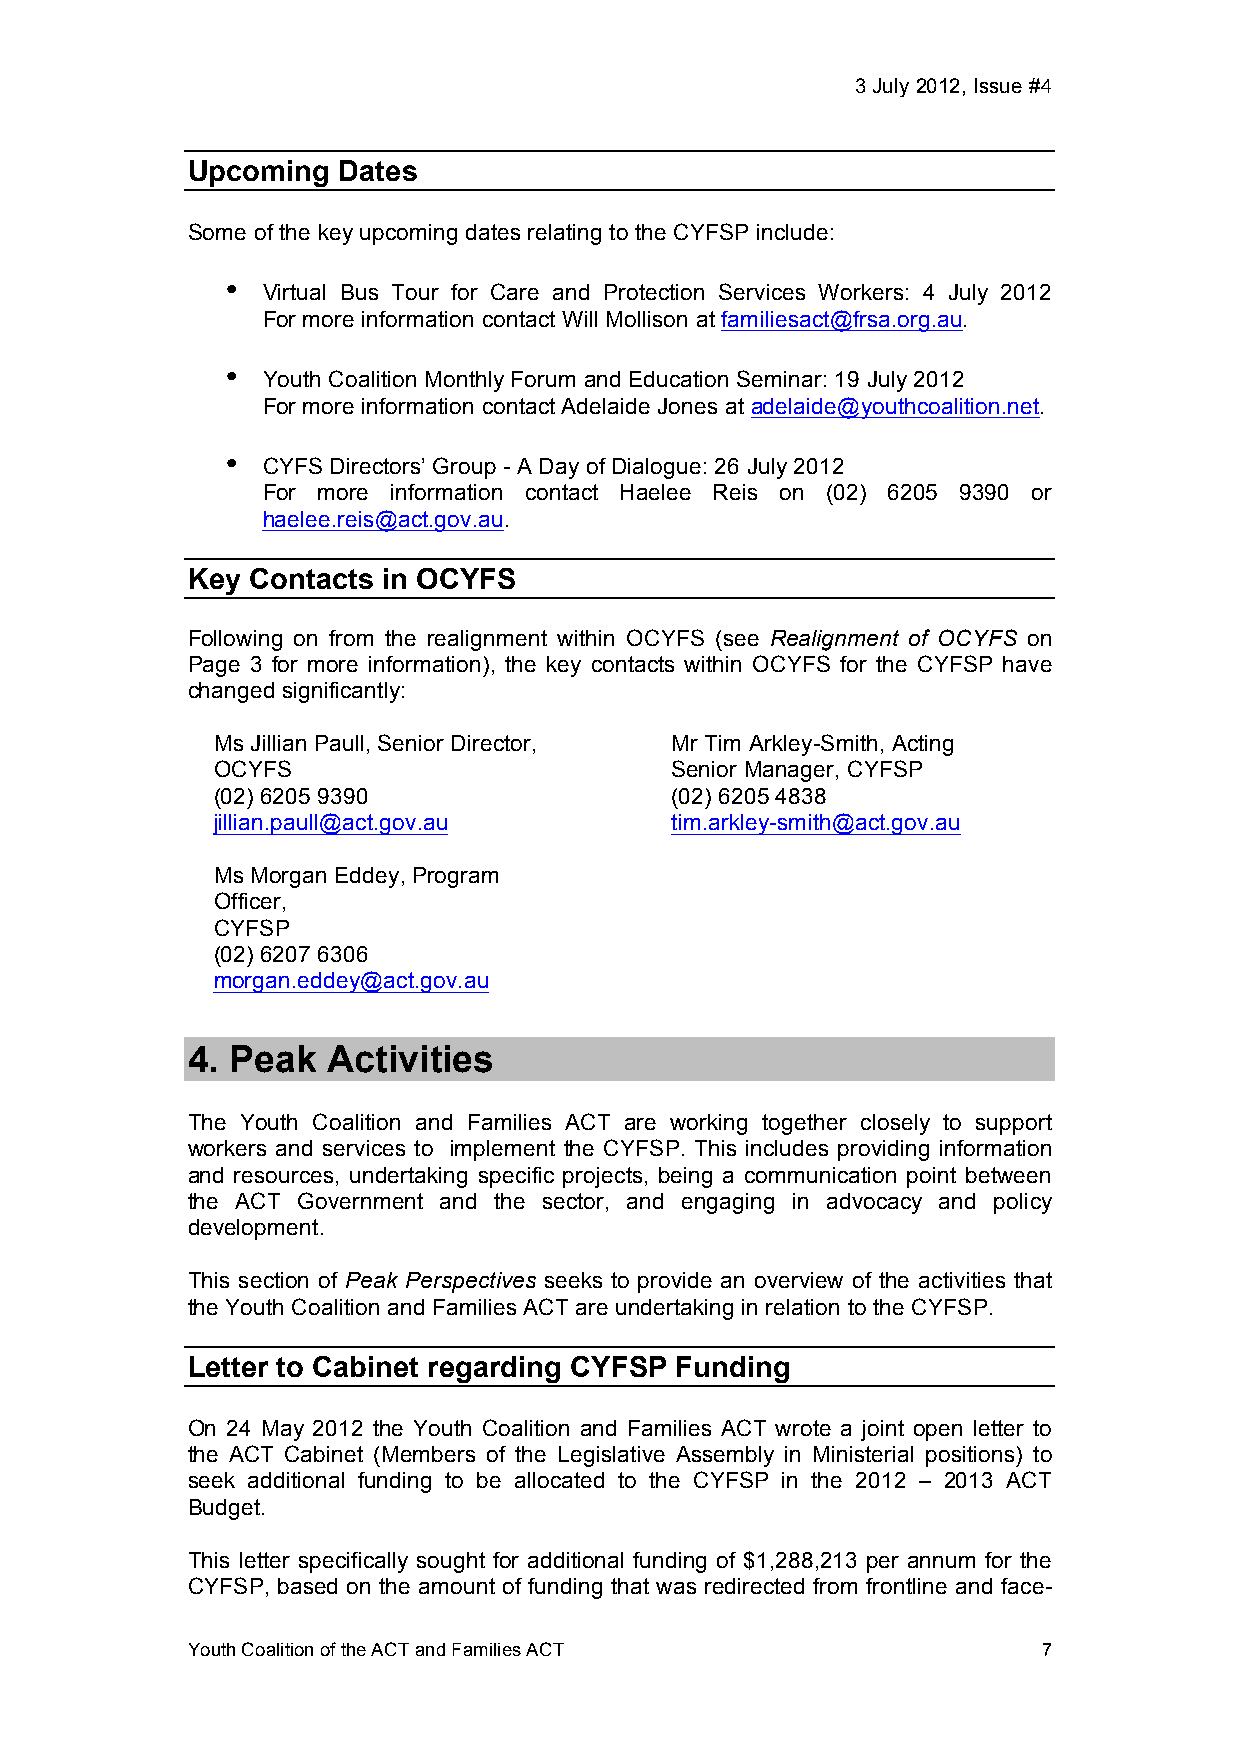
3 July 2012, Issue #4!
 Upcoming  Dates
 Some of the key upcoming dates relating to the CYFSP include:
 • Virtual Bus Tour for Care and Protection Services Workers: 4 July 2012
 For more information contact Will Mollison at familiesact@frsa.org.au.
 • Youth Coalition Monthly Forum and Education Seminar: 19 July 2012
 For more information contact Adelaide Jones at adelaide@youthcoalition.net.
 • CYFS Directors’ Group - A Day of Dialogue: 26 July 2012
 For more information contact Haelee Reis on (02) 6205 9390 or
 haelee.reis@act.gov.au.
 Key Contacts in OCYFS
 Following on from the realignment within OCYFS (see Realignment of OCYFS on
 Page 3 for more information), the key contacts within OCYFS for the CYFSP have
 changed significantly:
 Ms Jillian Paull, Senior Director, Mr Tim Arkley-Smith, Acting
 OCYFS                         Senior Manager, CYFSP
 (02) 6205 9390                (02) 6205 4838
 jillian.paull@act.gov.au      tim.arkley-smith@act.gov.au
 Ms Morgan Eddey, Program
 Officer,
 CYFSP
 (02) 6207 6306
 morgan.eddey@act.gov.au
 4. Peak   Activities
 The Youth Coalition and Families ACT are working together closely to support
 workers and services to implement the CYFSP. This includes providing information
 and resources, undertaking specific projects, being a communication point between
 the ACT Government and the sector, and engaging in advocacy and policy
 development.
 This section of Peak Perspectives seeks to provide an overview of the activities that
 the Youth Coalition and Families ACT are undertaking in relation to the CYFSP.
 Letter to Cabinet regarding CYFSP Funding
 On 24 May 2012 the Youth Coalition and Families ACT wrote a joint open letter to
 the ACT Cabinet (Members of the Legislative Assembly in Ministerial positions) to
 seek additional funding to be allocated to the CYFSP in the 2012 – 2013 ACT
 Budget.
 This letter specifically sought for additional funding of $1,288,213 per annum for the
 CYFSP, based on the amount of funding that was redirected from frontline and face-
 Youth Coalition of the ACT and Families ACT              7!